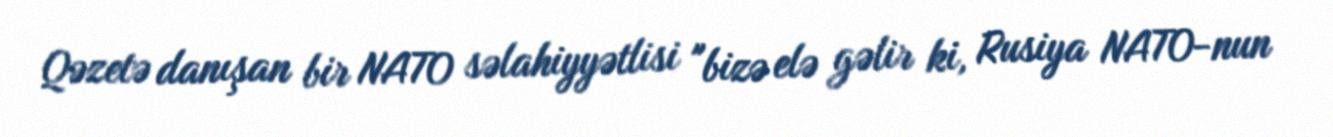
Qəzetə danışan bir NATO səlahiyyətlisi "bizə elə gəlir ki, Rusiya NATO-nun